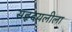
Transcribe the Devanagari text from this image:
सहृदयलीला